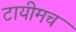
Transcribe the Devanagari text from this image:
टायीमच